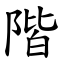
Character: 階